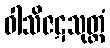
ဝါသိဇဋသုတ္တံ